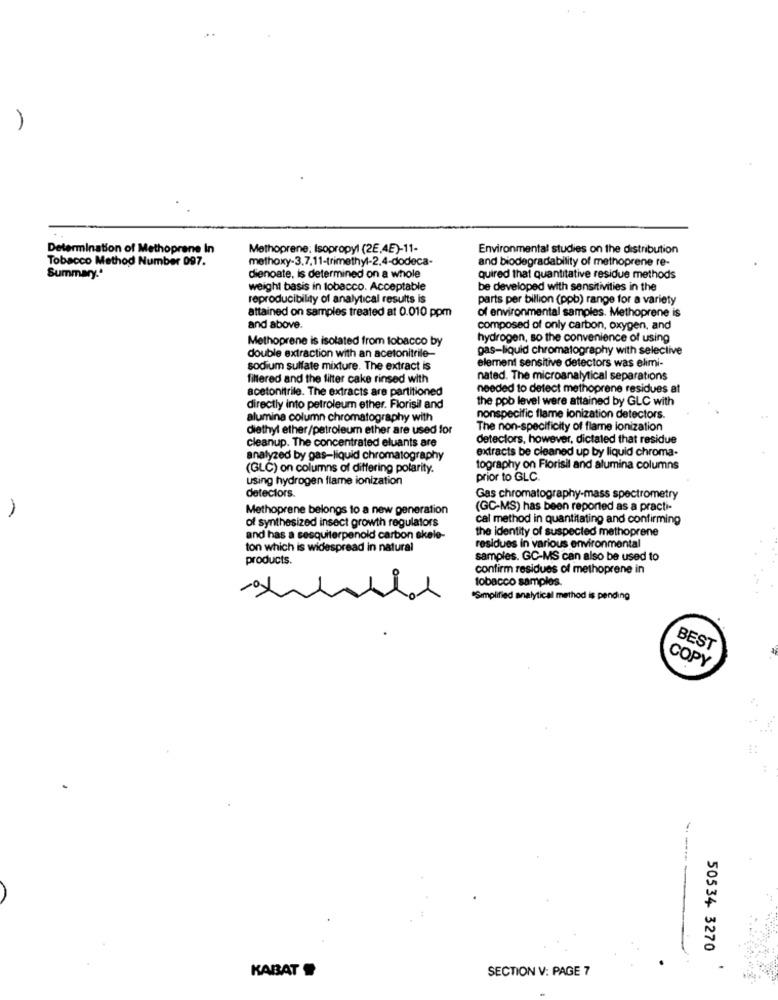
Determination of Methoprane In
Methoprene: Isopropyl (2E,4E)-11-
Environmental studies on the distribution
Tobacco Method Number 097.
methoxy-3,7,11-trimethyl-2.4-dodeca-
and biodegradability of methoprene re-
Summary."
dienoate, is determined on a whole
quired that quantitative residue methods
weight basis in tobacco. Acceptable
be developed with sensitivities in the
reproducibility of analytical results is
parts per billion (ppb) range for a variety
attained on samples treated at 0.010 ppm
of environmental samples. Methoprene is
and above.
composed of only carbon, oxygen, and
Methoprene is isolated from tobacco by
hydrogen, so the convenience of using
gas-liquid chromatography with selective
double extraction with an acetonitrile-
element sensitive detectors was elimi-
sodium sulfate mixture. The extract is
filtered and the filter cake rinsed with
nated. The microanalytical separations
acetonitrile. The extracts are partitioned
needed to detect methoprene residues at
the pob level were attained by GLC with
directly into petroleum ether. Florisil and
alumina column chromatography with
nonspecific flame ionization detectors.
diethyl ether/petroleum ether are used for
The non-specificity of flame ionization
cleanup. The concentrated eluants are
detectors, however, dictated that residue
extracts be cleaned up by liquid chroma-
analyzed by gas-liquid chromatography
(GLC) on columns of differing polarity.
tography on Florisil and alumina columns
using hydrogen flame ionization
prior to GLC.
detectors.
Gas chromatography-mass spectrometry
Methoprene belongs to a new generation
(GC-MS) has been reported as a practi-
cal method in quantitating and confirming
of synthesized insect growth regulators
the identity of suspected methoprene
and has a sesquiterpenold carbon skele-
ton which is widespread in natural
residues in various environmental
products.
samples. GC-MS can also be used to
confirm residues of methoprene in
tobacco samples.
*Simplified analytical method is pending
BEST
COPY
:
50534 3270
SECTION V: PAGE 7
KABAT